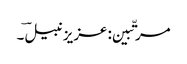
مرتّبین: عزیز نبیلؔ ۔